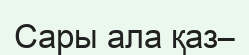
Сары ала қаз–